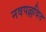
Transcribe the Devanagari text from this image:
नवपल्लवित